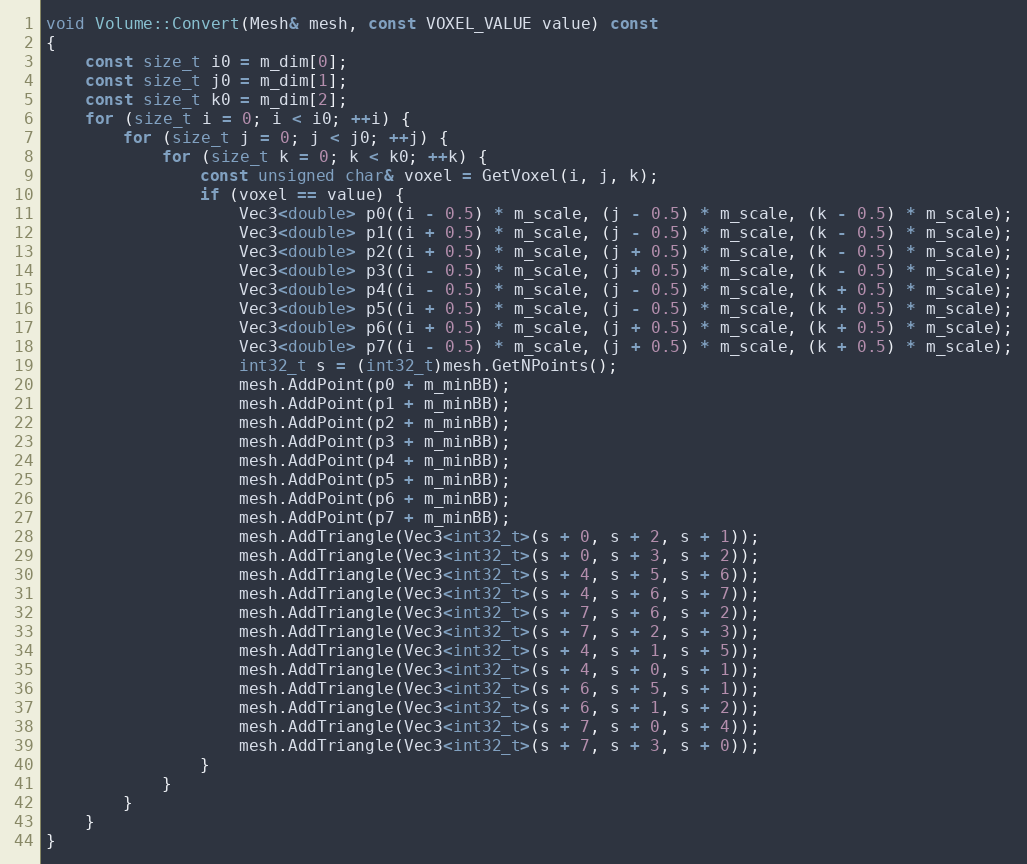
Language: C++
void Volume::Convert(Mesh& mesh, const VOXEL_VALUE value) const
{
    const size_t i0 = m_dim[0];
    const size_t j0 = m_dim[1];
    const size_t k0 = m_dim[2];
    for (size_t i = 0; i < i0; ++i) {
        for (size_t j = 0; j < j0; ++j) {
            for (size_t k = 0; k < k0; ++k) {
                const unsigned char& voxel = GetVoxel(i, j, k);
                if (voxel == value) {
                    Vec3<double> p0((i - 0.5) * m_scale, (j - 0.5) * m_scale, (k - 0.5) * m_scale);
                    Vec3<double> p1((i + 0.5) * m_scale, (j - 0.5) * m_scale, (k - 0.5) * m_scale);
                    Vec3<double> p2((i + 0.5) * m_scale, (j + 0.5) * m_scale, (k - 0.5) * m_scale);
                    Vec3<double> p3((i - 0.5) * m_scale, (j + 0.5) * m_scale, (k - 0.5) * m_scale);
                    Vec3<double> p4((i - 0.5) * m_scale, (j - 0.5) * m_scale, (k + 0.5) * m_scale);
                    Vec3<double> p5((i + 0.5) * m_scale, (j - 0.5) * m_scale, (k + 0.5) * m_scale);
                    Vec3<double> p6((i + 0.5) * m_scale, (j + 0.5) * m_scale, (k + 0.5) * m_scale);
                    Vec3<double> p7((i - 0.5) * m_scale, (j + 0.5) * m_scale, (k + 0.5) * m_scale);
                    int32_t s = (int32_t)mesh.GetNPoints();
                    mesh.AddPoint(p0 + m_minBB);
                    mesh.AddPoint(p1 + m_minBB);
                    mesh.AddPoint(p2 + m_minBB);
                    mesh.AddPoint(p3 + m_minBB);
                    mesh.AddPoint(p4 + m_minBB);
                    mesh.AddPoint(p5 + m_minBB);
                    mesh.AddPoint(p6 + m_minBB);
                    mesh.AddPoint(p7 + m_minBB);
                    mesh.AddTriangle(Vec3<int32_t>(s + 0, s + 2, s + 1));
                    mesh.AddTriangle(Vec3<int32_t>(s + 0, s + 3, s + 2));
                    mesh.AddTriangle(Vec3<int32_t>(s + 4, s + 5, s + 6));
                    mesh.AddTriangle(Vec3<int32_t>(s + 4, s + 6, s + 7));
                    mesh.AddTriangle(Vec3<int32_t>(s + 7, s + 6, s + 2));
                    mesh.AddTriangle(Vec3<int32_t>(s + 7, s + 2, s + 3));
                    mesh.AddTriangle(Vec3<int32_t>(s + 4, s + 1, s + 5));
                    mesh.AddTriangle(Vec3<int32_t>(s + 4, s + 0, s + 1));
                    mesh.AddTriangle(Vec3<int32_t>(s + 6, s + 5, s + 1));
                    mesh.AddTriangle(Vec3<int32_t>(s + 6, s + 1, s + 2));
                    mesh.AddTriangle(Vec3<int32_t>(s + 7, s + 0, s + 4));
                    mesh.AddTriangle(Vec3<int32_t>(s + 7, s + 3, s + 0));
                }
            }
        }
    }
}